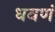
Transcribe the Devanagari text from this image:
धवणं